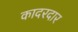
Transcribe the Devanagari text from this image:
कादरदार